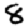
Digit: 8